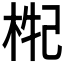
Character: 𣒤